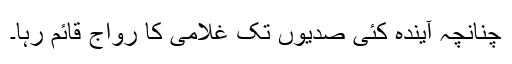
چنانچہ آیندہ کئی صدیوں تک غلامی کا رواج قائم رہا۔